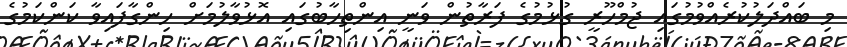
މި ބައްދަލުކުރެއްވުމުގައި ޖުމްހޫރީ ގުޅުމުގެ ފަރާތުން ވަނީ އިންތިހާބުގައި އޮޅުވާލުމަށް ހިންގާފައިވާ ކަންކަމުގެ